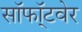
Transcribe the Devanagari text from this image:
सॉफॉ्टवेर